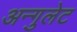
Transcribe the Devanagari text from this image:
अन्गुलेट